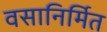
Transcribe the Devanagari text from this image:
वसानिर्मित